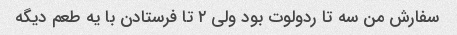
سفارش من سه تا ردولوت بود ولی ۲ تا فرستادن با یه طعم دیگه